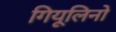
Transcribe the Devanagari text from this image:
गियूलिनो